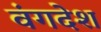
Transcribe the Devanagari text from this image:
वंगदेश